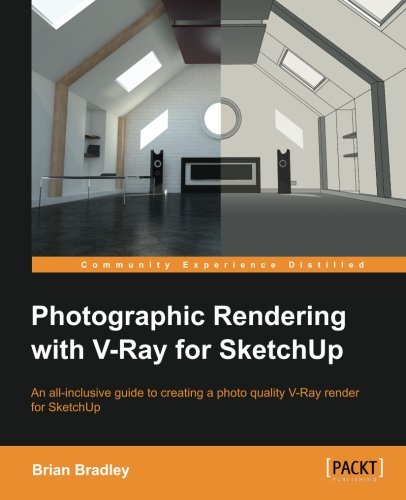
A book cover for Photographic Rendering with V-Ray for SketchUp; Brian Bradley; Computers & Technology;